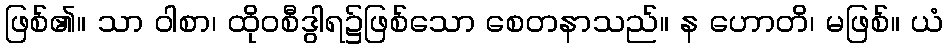
ဖြစ်၏။ သာ ဝါစာ၊ ထိုဝစီဒွါရ၌ဖြစ်သော စေတနာသည်။ န ဟောတိ၊ မဖြစ်။ ယံ